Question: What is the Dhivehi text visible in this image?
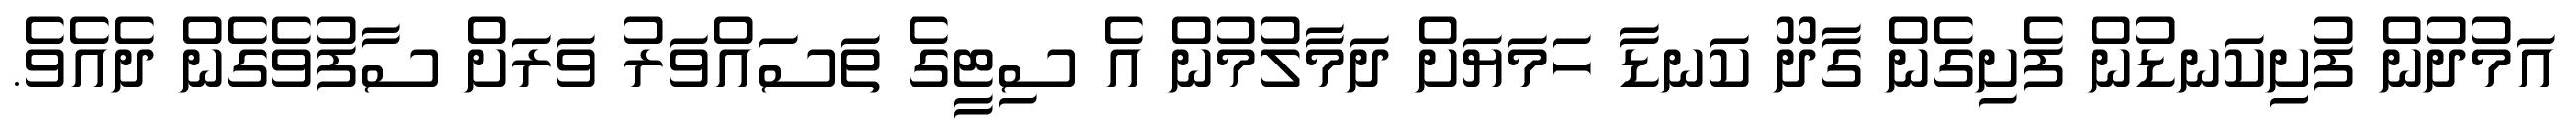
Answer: އަމުދުން ފުށިކަނޑުން ފެށިގެން ގާދޫ ކަނޑާ ހަމަޔަށް ދަމާލުމުން އެ ސިޓީގެ ތަސައްވަރު ވަރަށް ސާފުވެގެން ދެއެވެ.